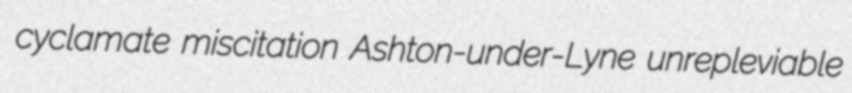
cyclamate miscitation Ashton-under-Lyne unrepleviable